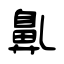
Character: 𪖐